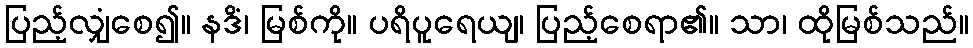
ပြည့်လျှံစေ၍။ နဒိံ၊ မြစ်ကို။ ပရိပူရေယျ၊ ပြည့်စေရာ၏။ သာ၊ ထိုမြစ်သည်။